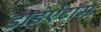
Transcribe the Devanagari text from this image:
डाइऐटॉम